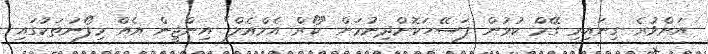
އަށްވުރެ ގިނައިރި ގޭމް ކުޅުން ފަސޭހަކޮށްދިނުމަށް "ކޯރް އެމްއެލް" އިންޖީން އެއް މިފޯނުތަކުގައި